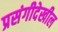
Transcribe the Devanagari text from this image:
प्रसंगीदेखील